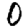
Digit: 0